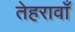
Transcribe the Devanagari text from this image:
तेहरावाँ